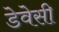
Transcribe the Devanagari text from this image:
डेवेसी